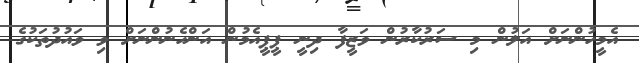
އެމީހުންނަށް އަލުން މި ސަރުކާރުން ވަޒީފާ ދިނީ ޕީޕީއެމުން އަންހެނުންނަށް ވި ވައުދުތަކުގެ